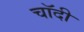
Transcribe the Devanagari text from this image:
चॉदी